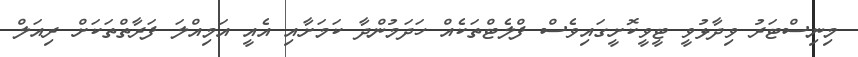
މިނިސްޓަރު ވިދާޅުވީ ޓީވީކޮށީގައިވެސް ފްލެޓްތަކެއް ހަދަމުންދާ ކަމަށާއި އެއީ އަމިއްލަ ފަރާތްތަކަށް ރިއަލް